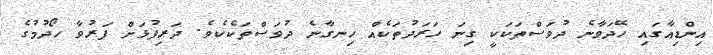
އިންޑިއާގައި ހޭދަވާނެ ދުވަސްތަކަކީ ގިނަ ހަރަދުތަކެއް ހިނގާނެ ދުވަސްތަކެކެވެ. ދަރިފުޅަށް ފަރުވާ ހޯދުމުގެ